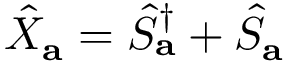
\hat { X } _ { \mathbf { a } } = \hat { S } _ { \mathbf { a } } ^ { \dagger } + \hat { S } _ { \mathbf { a } }